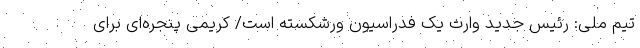
تیم ملی: رئیس جدید وارث یک فدراسیون ورشکسته است/ کریمی پنجره‌ای برای